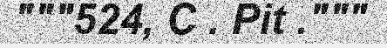
"""524, C . Pit ."""